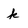
Character: k